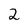
Character: 2